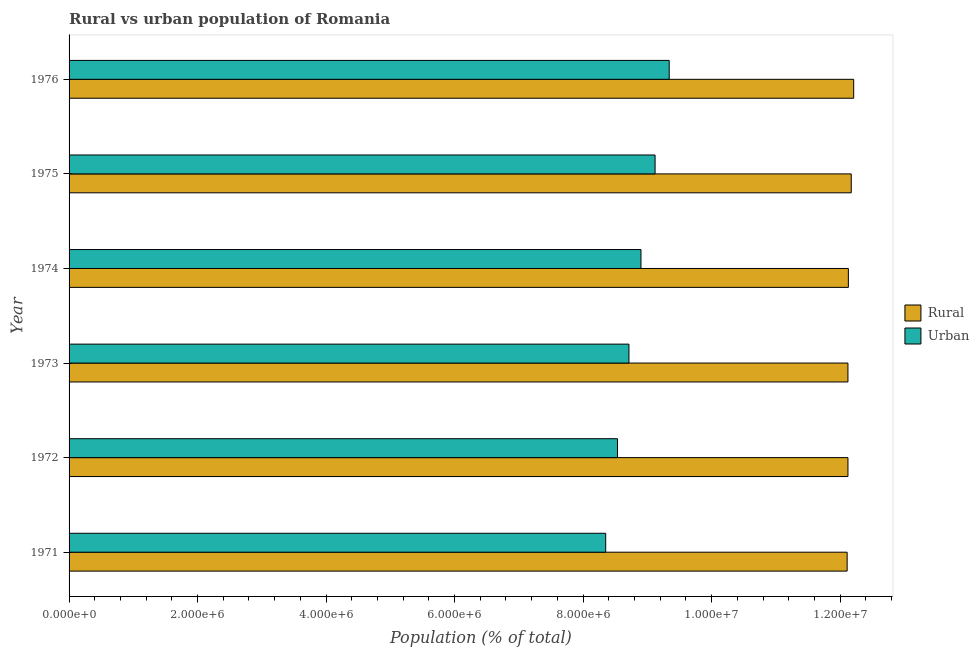
| Year | Rural | Urban |
 | --- | --- | --- |
 | 1971 | 1.21e+07 | 8.35e+06 |
 | 1972 | 1.21e+07 | 8.54e+06 |
 | 1973 | 1.21e+07 | 8.71e+06 |
 | 1974 | 1.21e+07 | 8.9e+06 |
 | 1975 | 1.22e+07 | 9.12e+06 |
 | 1976 | 1.22e+07 | 9.34e+06 |